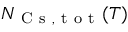
N _ { \mathrm { ~ C ~ s ~ } , \mathrm { ~ t ~ o ~ t ~ } } ( T )